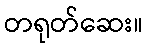
တရုတ်ဆေး။